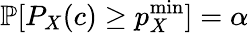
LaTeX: \mathbb{P}[P_{X}(c)\geq p_{X}^{\mathrm{min}}]=\alpha